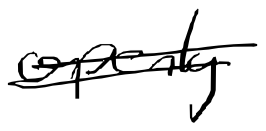
Text: openly
Cross-out: double-line
Writing tool: digital_black